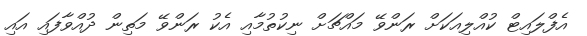
އެފްލައިޓް ކުއްލިއަކަށް ރަންވޭ މައްޗަށް ނިކުތުމާއި އެކު ރަންވޭ މަތިން ދުއްވާފައި އައި